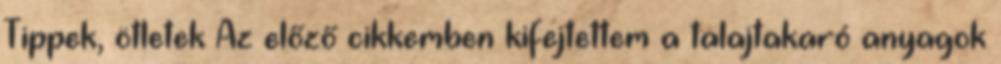
Tippek, ötletek Az előző cikkemben kifejtettem a talajtakaró anyagok